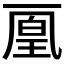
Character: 𠁉